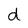
Character: d